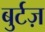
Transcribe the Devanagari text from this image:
बुर्टज़